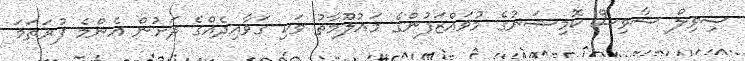
ސިވިލް ސާވިސް ކޮމިޝަނުގެ މުވައްޒަފުންގެ މައުލޫމާތު ވަކި ގަވާއިދެއްގެ ދަށުން އެންމެ ފުރަތަމަ